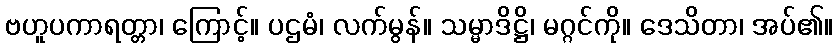
ဗဟူပကာရတ္တာ၊ ကြောင့်။ ပဌမံ၊ လက်မွန်။ သမ္မာဒိဋ္ဌိ၊ မဂ္ဂင်ကို။ ဒေသိတာ၊ အပ်၏။